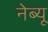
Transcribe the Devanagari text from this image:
नेब्यू